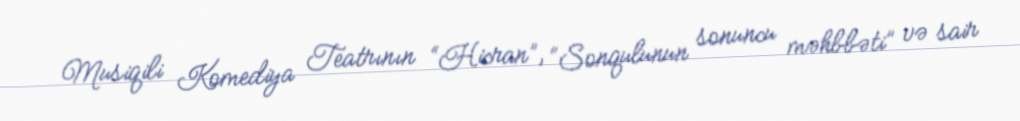
Musiqili Komediya Teatrının “Hicran”, “Sonqulunun sonuncu məhbbəti” və sair